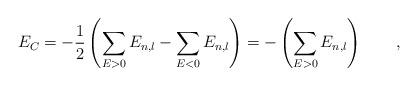
LaTeX: \begin{align*}E_C = -\frac{1}{2}\left( \sum_{E>0} E_{n,l} -\sum_{E<0} E_{n,l}\right) = -\left(\sum_{E>0} E_{n,l}\right)\qquad,\end{align*}